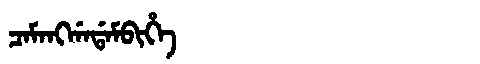
Manchu: ᠴᠠᠮᠠᠩᡤᠠᡩᠠᠮᠪᡳᡥᡝ
Romanization: CAMANGGADAMBIHE